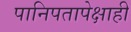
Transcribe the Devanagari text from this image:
पानिपतापेक्षाही